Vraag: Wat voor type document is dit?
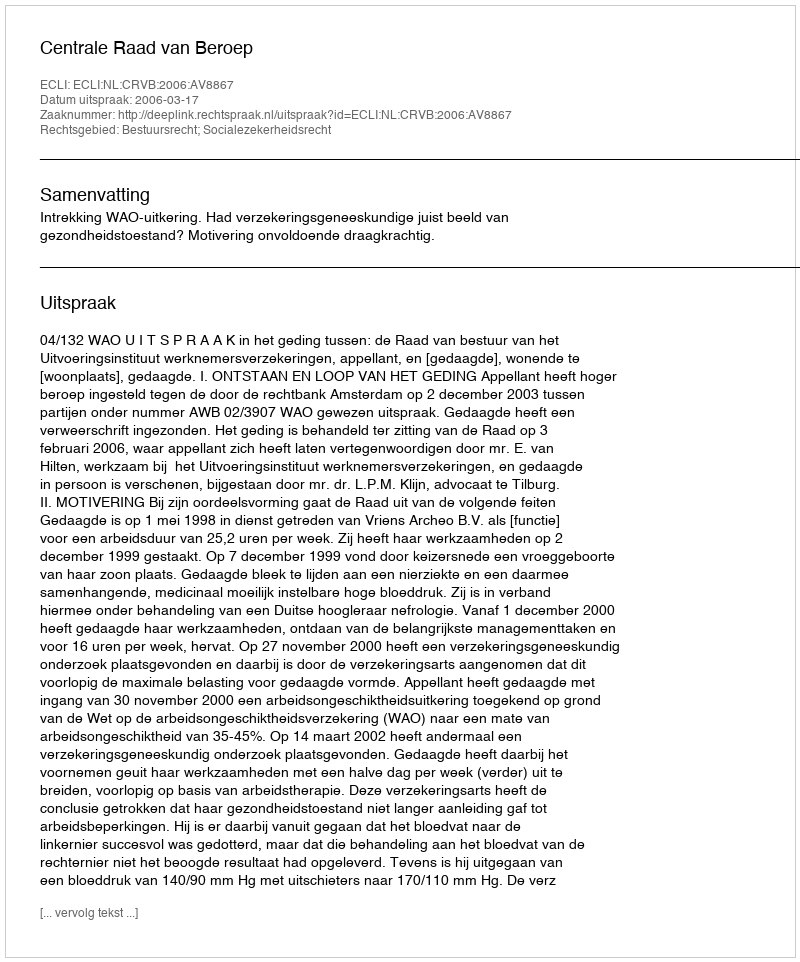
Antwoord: Uitspraak